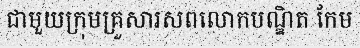
ជាមួយក្រុមគ្រួសារសពលោកបណ្ឌិត កែម